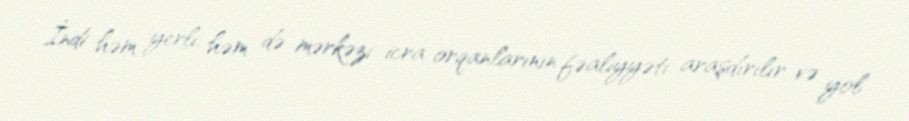
İndi həm yerli, həm də mərkəzi icra orqanlarının fəaliyyəti araşdırılır və yol